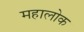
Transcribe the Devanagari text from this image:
महालोक